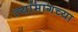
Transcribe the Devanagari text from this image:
त्यांमागच्या